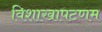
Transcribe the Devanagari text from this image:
विशाखापटणम